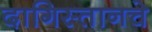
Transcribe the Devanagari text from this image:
दागिस्तानचे